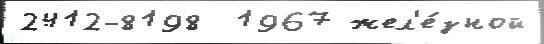
2412-8198  1967 жел'е́зной